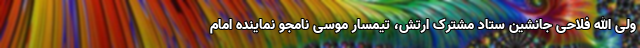
ولی الله فلاحی جانشین ستاد مشترک ارتش، تیمسار موسی نامجو نماینده امام